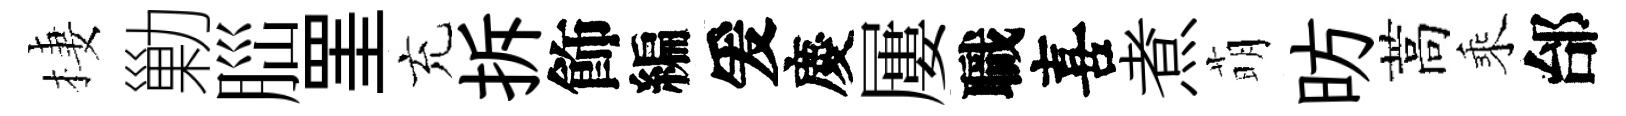
棲勦𦛁罣充拆飾編爰慶屢職喜煮萌昉蒿乘邰